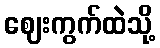
ဈေးကွက်ထဲသို့